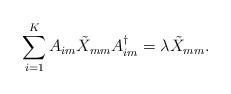
LaTeX: \begin{align*}\sum_{i=1}^K A_{im} \tilde{X}_{mm} A_{im}^{\dagger} = \lambda \tilde{X}_{mm}.\end{align*}